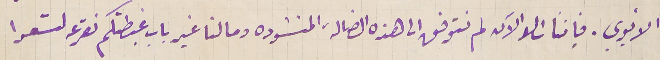
الأبوي. فإننا اىلا الآن لم نتوفق الى هذه الضالة المنشوده وما لنا غير باب غبطتكم نقرعه لتسعوا